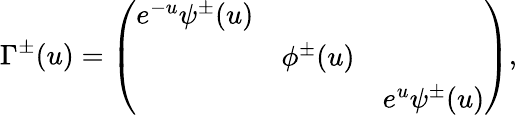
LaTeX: \Gamma^{\pm}(u)=\left(\begin{array}{ccc}{{e^{-u}\psi^{\pm}(u)}}&{{}}&{{}}\\ {{}}&{{\phi^{\pm}(u)}}&{{}}\\ {{}}&{{}}&{{e^{u}\psi^{\pm}(u)}}\end{array}\right),